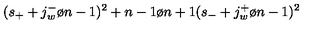
( s _ { + } + { { j _ { w } ^ { - } } \o { n - 1 } } ) ^ { 2 } + { { n - 1 } \o { n + 1 } } ( s _ { - } + { { j _ { w } ^ { + } } \o { n - 1 } } ) ^ { 2 }